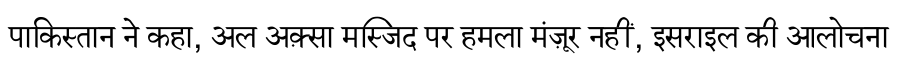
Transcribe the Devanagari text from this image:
पाकिस्तान ने कहा, अल अक़्सा मस्जिद पर हमला मंज़ूर नहीं, इसराइल की आलोचना